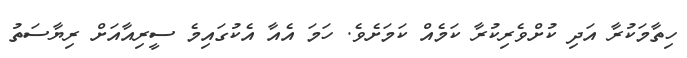
ހިތާމަކުރާ އަދި ކުށްވެރިކުރާ ކަމެއް ކަމަށެވެ. ހަމަ އެއާ އެކުގައިމެ ސީރިއާއަށް ރިޔާސަތު